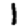
Digit: 1